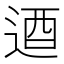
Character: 逎